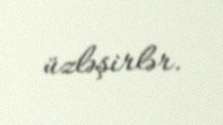
üzləşirlər.